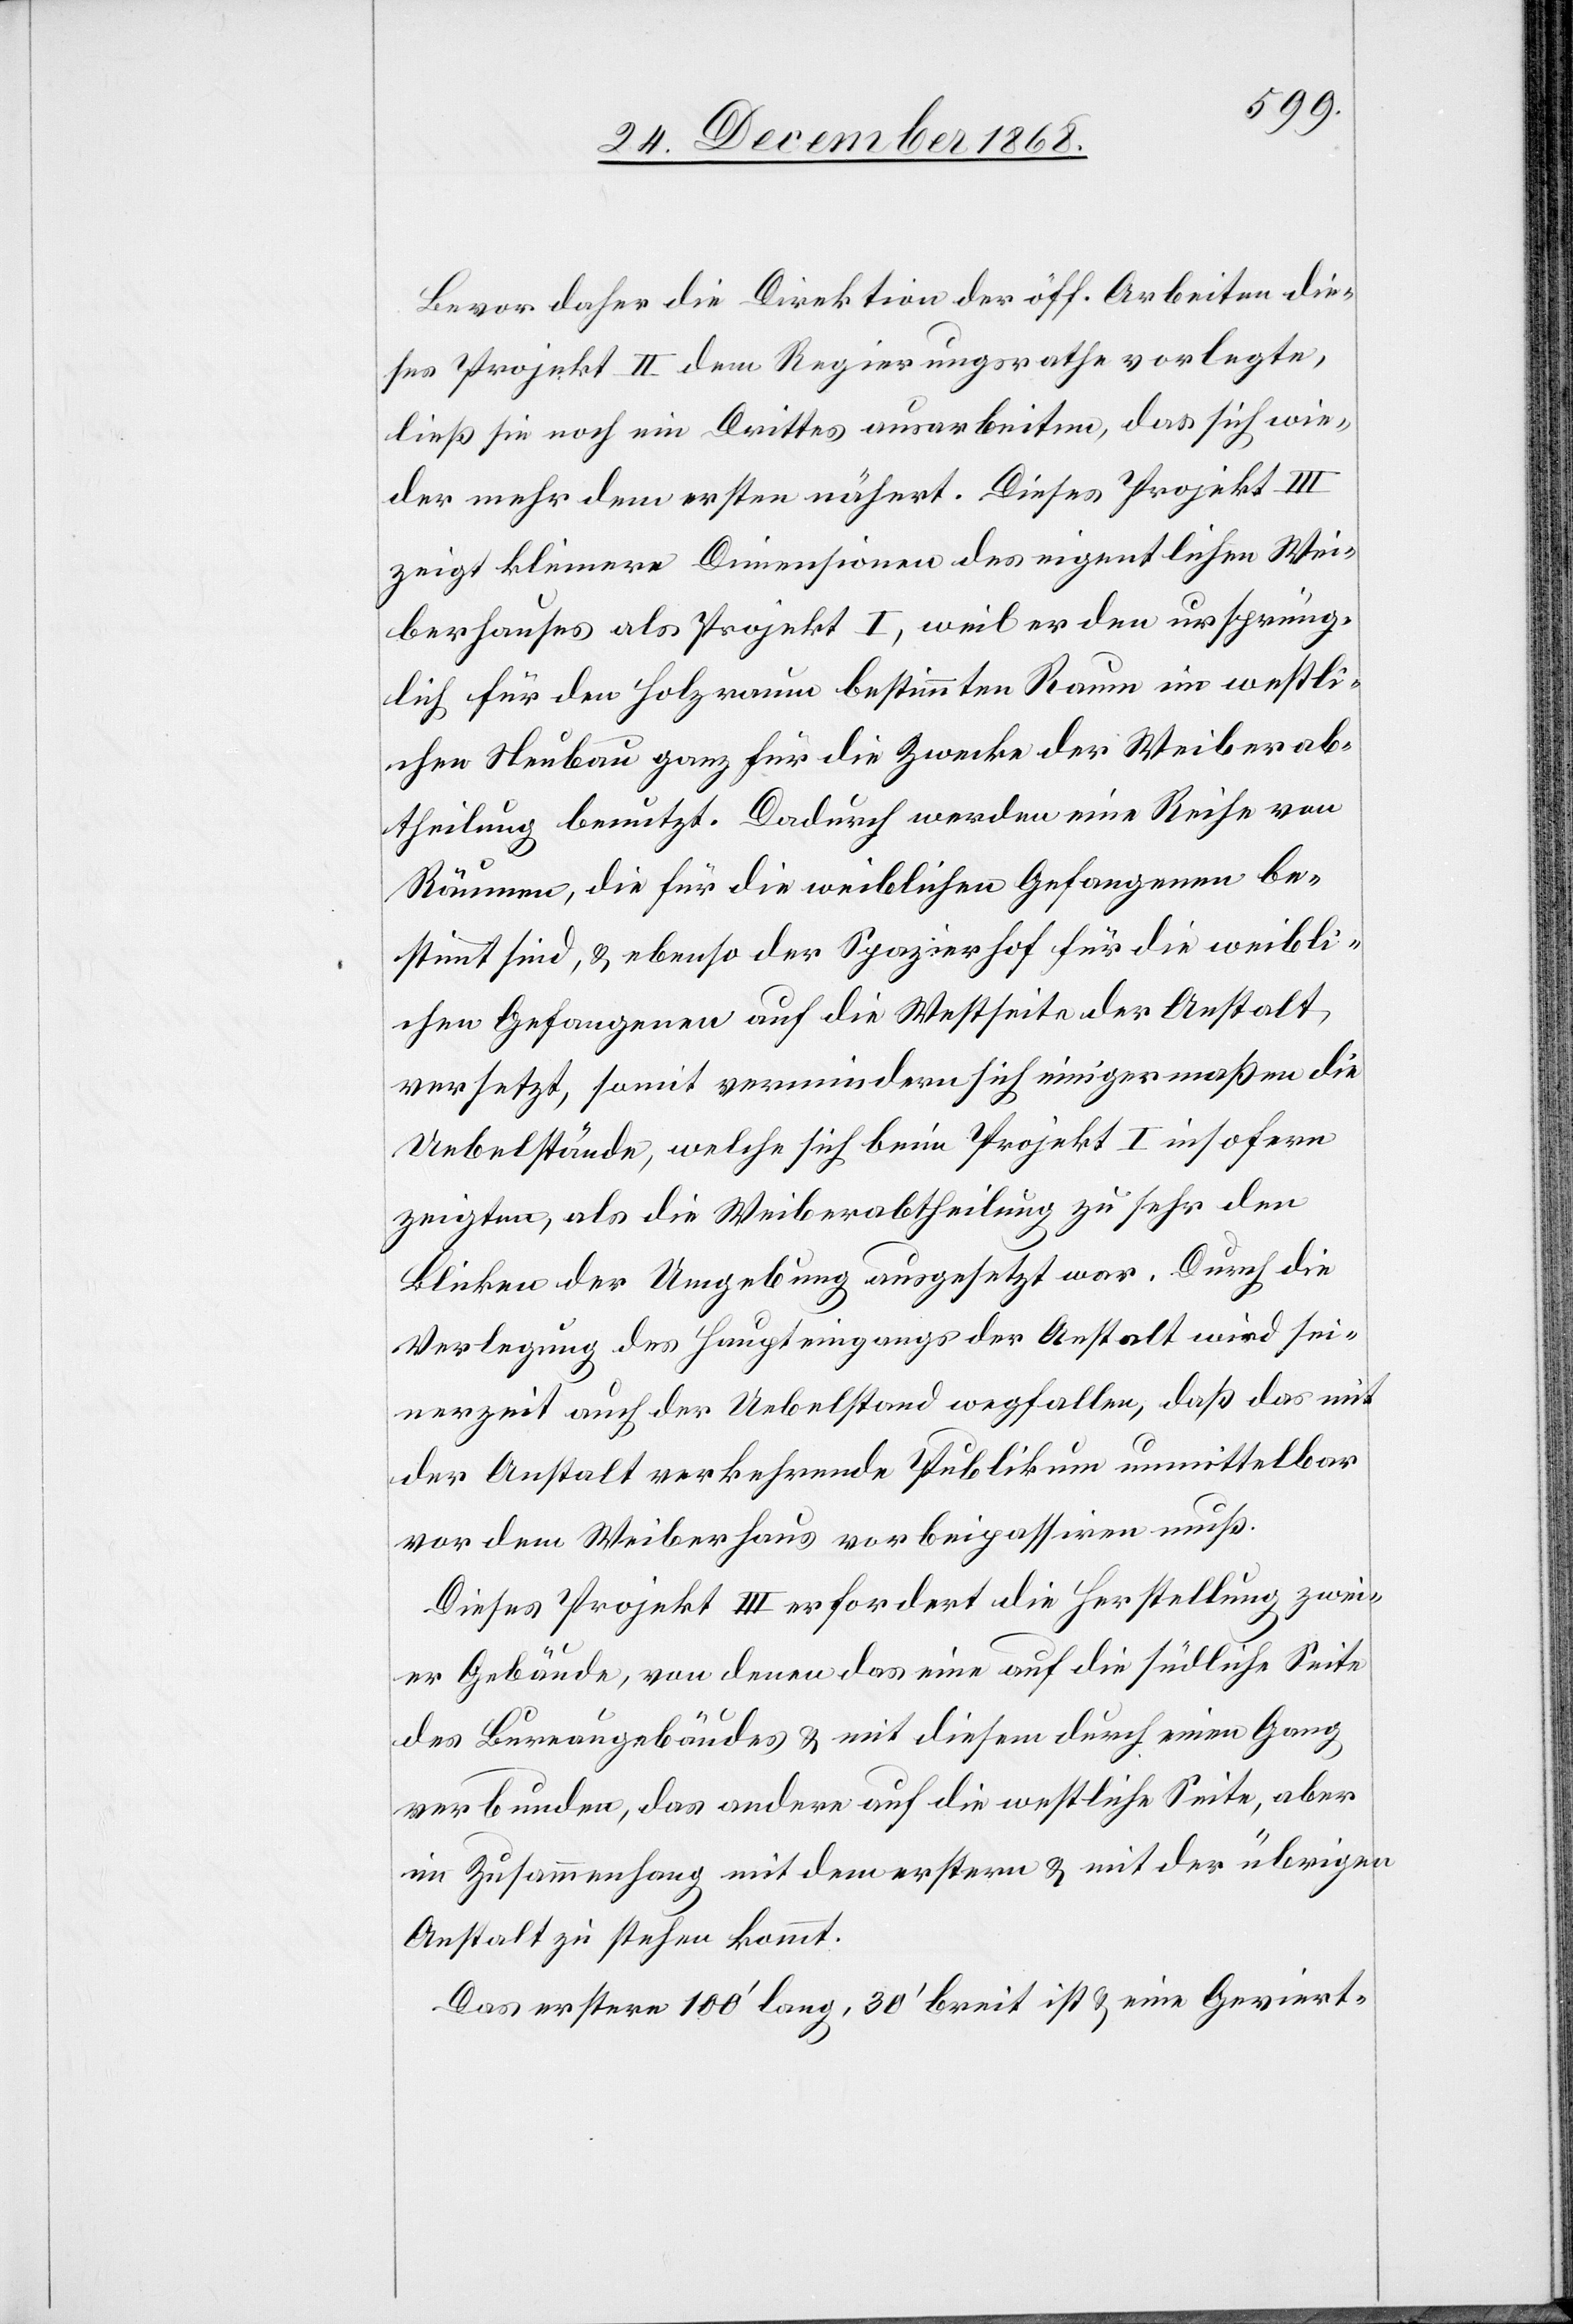
Bevor daher die Direktion der öff. Arbeiten die¬
ses Projekt II dem Regierungsrathe vorlegte,
ließ sie noch ein Drittes ausarbeiten, das sich wie¬
der mehr dem ersten nähert. Dieses Projekt III
zeigt kleinere Dimensionen des eigentlichen Wei¬
berhauses als Projekt I, weil er [sic!] den ursprüng¬
lich für den Holzraum bestimmten Raum im westli¬
chen Neubau ganz für die Zwecke der Weiberab¬
theilung benutzt. Dadurch werden eine Reihe von
Räumen, die für die weiblichen Gefangenen be¬
stimmt sind, & ebenso der Spazierhof für die weibli¬
chen Gefangenen auf die Westseite der Anstalt
versetzt, somit vermindern sich einigermaßen die
Uebelstände, welche sich beim Projekt I insofern
zeigten, als die Weiberabtheilung zu sehr den
Blicken der Umgebung ausgesetzt war. Durch die
Verlegung des Haupteingangs der Anstalt wird sei¬
nerzeit auch der Uebelstand wegfallen, daß das mit
der Anstalt verkehrende Publikum unmittelbar
vor dem Weiberhaus vorbeipassiren muß.
Dieses Projekt III erfordert die Herstellung zwei¬
er Gebäude, von denen das eine auf die südliche Seite
des Bureaugebäudes & mit diesem durch einen Gang
verbunden, das andere auf die westliche Seite, aber
im Zusammenhang mit dem erstern & mit der übrigen
Anstalt zu stehen kommt.
Das erstere 100‘ lang, 30‘ breit ist & eine Geviert-